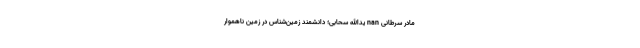
مادر سرطانی nan یدالله سحابی؛ دانشمند زمین‌شناس در زمینِ ناهموارِ